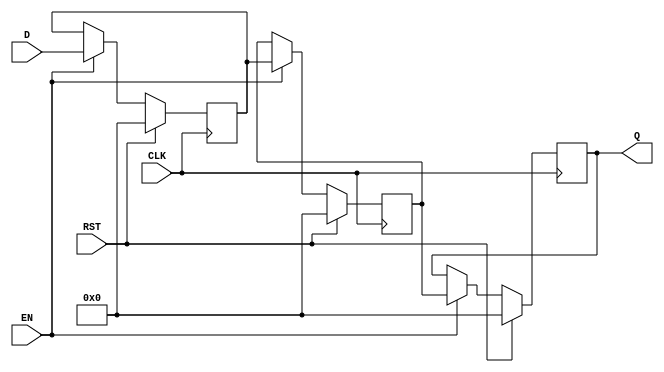
module PipelineBuffer #(
    parameter DATA_WIDTH = 8,   // Width of the data bus
    parameter DEPTH = 2          // Depth of the pipeline buffer (number of stages)
)(
    input wire                  CLK,      // Clock input
    input wire                  RST,      // Synchronous reset
    input wire                  EN,       // Enable signal
    input wire [DATA_WIDTH-1:0] D,        // Data input
    output reg [DATA_WIDTH-1:0] Q         // Data output
);

    // Internal storage for the pipeline stages
    reg [DATA_WIDTH-1:0] buffer [0:DEPTH-1];

    integer i;

    // Always block for synchronous operation
    always @(posedge CLK) begin
        if (RST) begin
            // On reset, clear all stages
            for (i = 0; i < DEPTH; i = i + 1) begin
                buffer[i] <= {DATA_WIDTH{1'b0}}; // Initialize to zero
            end
            Q <= {DATA_WIDTH{1'b0}}; // Clear output
        end else if (EN) begin
            // Shift data through the pipeline stages
            buffer[0] <= D; // Latch input data into the first stage
            for (i = 1; i < DEPTH; i = i + 1) begin
                buffer[i] <= buffer[i-1]; // Shift data through stages
            end
            Q <= buffer[DEPTH-1]; // Output the data from the last stage
        end
    end

endmodule